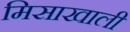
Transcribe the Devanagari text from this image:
मिसाखाली